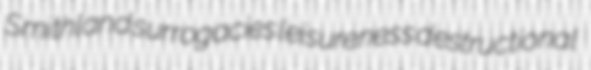
Smithland surrogacies leisureness destructional